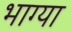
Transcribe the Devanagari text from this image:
भाग्या